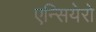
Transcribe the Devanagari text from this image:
एन्सियेरो